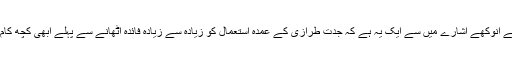
تاہم ، شو کے انوکھے اشارے میں سے ایک یہ ہے کہ جدت طرازی کے عمدہ استعمال کو زیادہ سے زیادہ فائدہ اٹھانے سے پہلے ابھی کچھ کام درکار ہیں۔